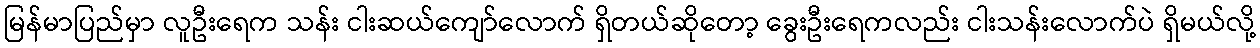
မြန်မာပြည်မှာ လူဦးရေက သန်း ငါးဆယ်ကျော်လောက် ရှိတယ်ဆိုတော့ ခွေးဦးရေကလည်း ငါးသန်းလောက်ပဲ ရှိမယ်လို့